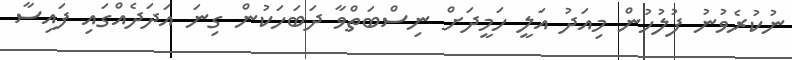
ނުކުރެވުނު ފުލުހުން މިއަދު އަލީ ހަމީދަށް ނިސްބަތްވާ ދަބަހަކުން ގިނަ އަދަދެއްގައި ފައިސާ